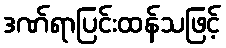
ဒဏ်ရာပြင်းထန်သဖြင့်